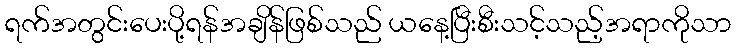
ရက်အတွင်းပေးပို့ရန်အချိန်ဖြစ်သည် ယနေ့ပြီးစီးသင့်သည့်အရာကိုသာ